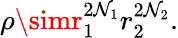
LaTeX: \rho\simr_{1}^{2\mathcal{N}_{1}}r_{2}^{2\mathcal{N}_{2}}.